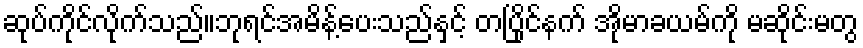
ဆုပ်ကိုင်လိုက်သည်။ဘုရင်အမိန့်ပေးသည်နှင့် တပြိုင်နက် အိုမာခယမ်ကို မဆိုင်းမတွ